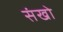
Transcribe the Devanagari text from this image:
संखो